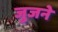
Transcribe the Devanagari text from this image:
जुजने